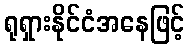
ရုရှားနိုင်ငံအနေဖြင့်